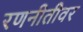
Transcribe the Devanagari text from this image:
रणनीतीवर